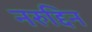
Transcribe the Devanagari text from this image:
नरुद्दिन